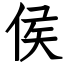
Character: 侯